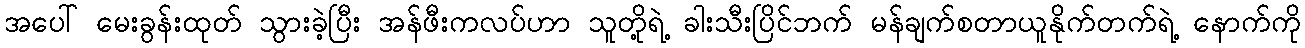
အပေါ် မေးခွန်းထုတ် သွားခဲ့ပြီး အန်ဖီးကလပ်ဟာ သူတို့ရဲ့ ခါးသီးပြိင်ဘက် မန်ချက်စတာယူနိုက်တက်ရဲ့ နောက်ကို